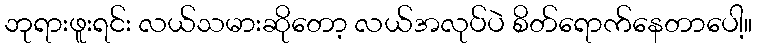
ဘုရားဖူးရင်း လယ်သမားဆိုတော့ လယ်အလုပ်ပဲ စိတ်ရောက်နေတာပေါ့။